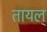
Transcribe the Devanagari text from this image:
तायल्